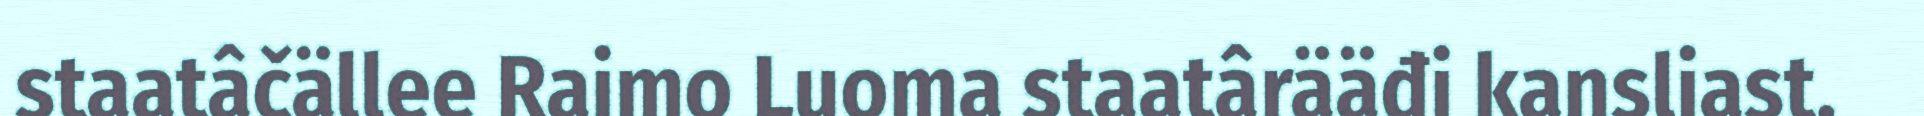
staatâčällee Raimo Luoma staatârääđi kansliast.